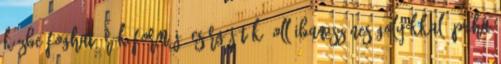
kézbe fogható rák formájú csörgőjáték, ollóiban színes golyókkal, puha